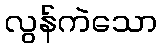
လွန်ကဲသော